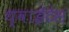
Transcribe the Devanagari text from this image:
थ्वाईटेस